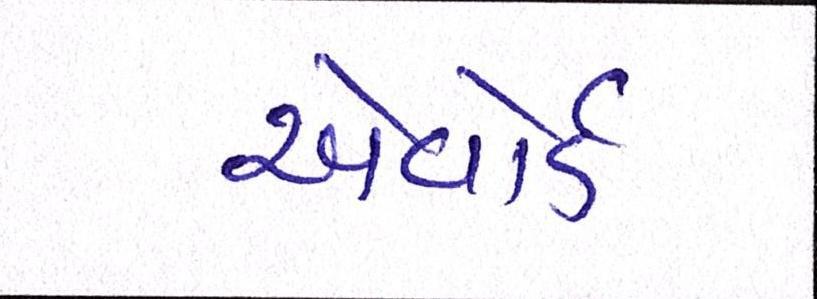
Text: એવૉર્ડ